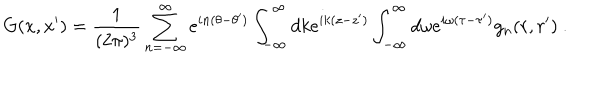
G ( x , x ^ { \prime } ) = \frac 1 { ( 2 \pi ) ^ { 3 } } \sum _ { n = - \infty } ^ { \infty } e ^ { i n ( \theta - \theta ^ { \prime } ) } \int _ { - \infty } ^ { \infty } d k e ^ { i k ( z - z ^ { \prime } ) } \int _ { - \infty } ^ { \infty } d \omega e ^ { i \omega ( \tau - \tau ^ { \prime } ) } g _ { n } ( r , r ^ { \prime } ) \ .